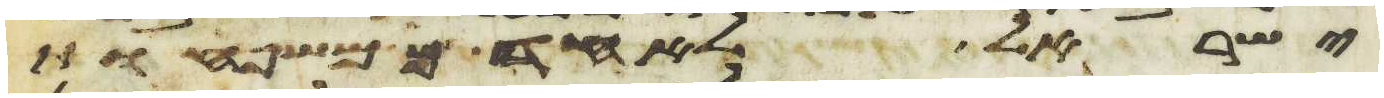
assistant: ישראל לאחד ממשפחת